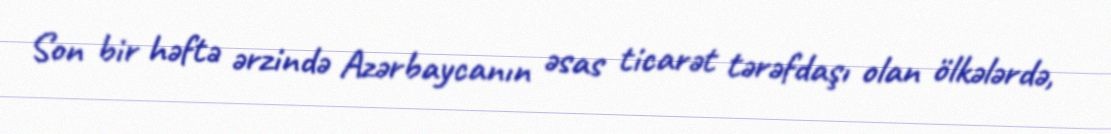
Son bir həftə ərzində Azərbaycanın əsas ticarət tərəfdaşı olan ölkələrdə,